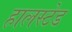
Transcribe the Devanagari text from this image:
हालस्टेड